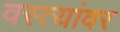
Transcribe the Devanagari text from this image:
वस्त्यांवर